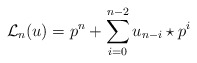
\begin{align*}{{\mathcal L}_{n}}(u)=p^n + \sum _{i=0}^{n-2}u_{n-i}\star p^i\end{align*}